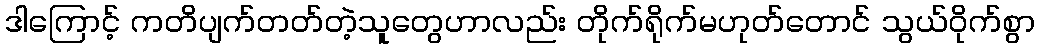
ဒါကြောင့် ကတိပျက်တတ်တဲ့သူတွေဟာလည်း တိုက်ရိုက်မဟုတ်တောင် သွယ်ဝိုက်စွာ